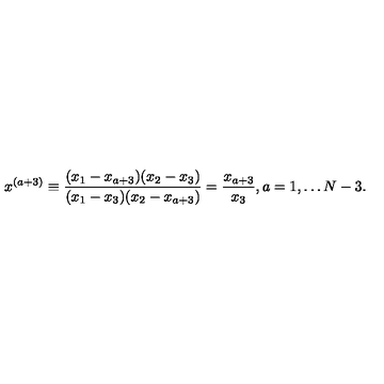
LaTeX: x ^ { ( a + 3 ) } \equiv \frac { ( x _ { 1 } - x _ { a + 3 } ) ( x _ { 2 } - x _ { 3 } ) } { ( x _ { 1 } - x _ { 3 } ) ( x _ { 2 } - x _ { a + 3 } ) } = \frac { x _ { a + 3 } } { x _ { 3 } } , a = 1 , \ldots N - 3 .